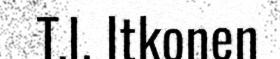
T.I. Itkonen